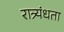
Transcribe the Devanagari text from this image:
रात्र्यंधता